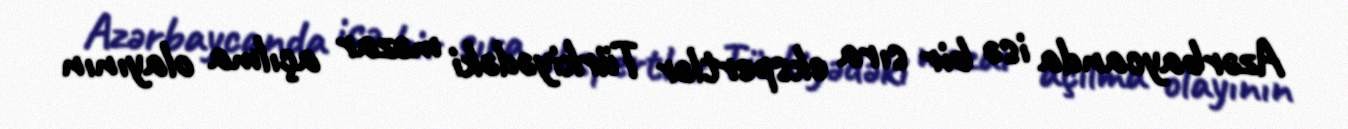
Azərbaycanda isə bir sıra ekspertlər Türkiyədəki məzar açılma olayının